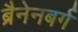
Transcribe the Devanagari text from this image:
ब्रैनेनबर्ग